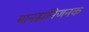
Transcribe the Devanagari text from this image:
मानहानिजनक